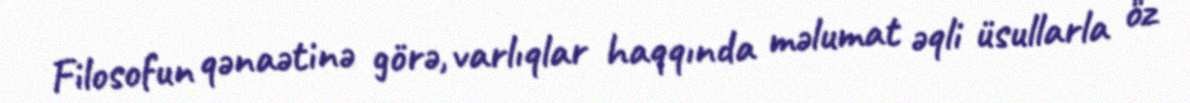
Filosofun qənaətinə görə, varlıqlar haqqında məlumat əqli üsullarla öz